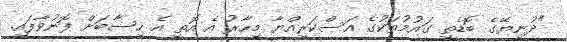
"ދުނިޔޭގެ ބޮޑެތި ގައުމުތަކުގެ އަސްކަރިއްޔާ މިހާރު އެ އޮތީ އެ ހިސާބަށް ފޮނުވާފައި.